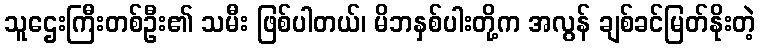
သူဌေးကြီးတစ်ဦး၏ သမီး ဖြစ်ပါတယ်၊ မိဘနှစ်ပါးတို့က အလွန် ချစ်ခင်မြတ်နိုးတဲ့